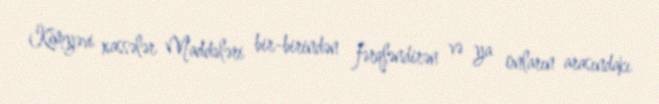
Kimyəvi xassələr Maddələri bir-birindən fərqləndirən və ya onların arasındakı